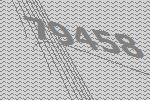
79458